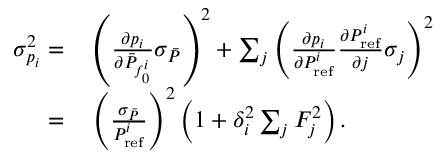
\begin{array} { r l } { \sigma _ { p _ { i } } ^ { 2 } = } & { { } \left( \frac { \partial p _ { i } } { \partial \bar { P } _ { f _ { 0 } ^ { i } } } \sigma _ { \bar { P } } \right) ^ { 2 } + \sum _ { j } \left( \frac { \partial p _ { i } } { \partial P _ { \mathrm { r e f } } ^ { i } } \frac { \partial P _ { \mathrm { r e f } } ^ { i } } { \partial j } \sigma _ { j } \right) ^ { 2 } } \\ { = } & { { } \left( \frac { \sigma _ { \bar { P } } } { P _ { \mathrm { r e f } } ^ { i } } \right) ^ { 2 } \left( 1 + \delta _ { i } ^ { 2 } \sum _ { j } F _ { j } ^ { 2 } \right) . } \end{array}